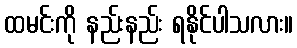
ထမင်းကို နည်းနည်း ရနိုင်ပါသလား။